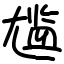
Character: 尴